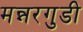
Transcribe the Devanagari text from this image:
मन्नरगुडी